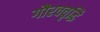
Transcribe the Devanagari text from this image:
गौरववृद्धि